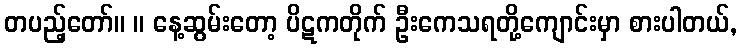
တပည့်တော်။ ။ နေ့ဆွမ်းတော့ ပိဋကတိုက် ဦးကေသရတို့ကျောင်းမှာ စားပါတယ်,